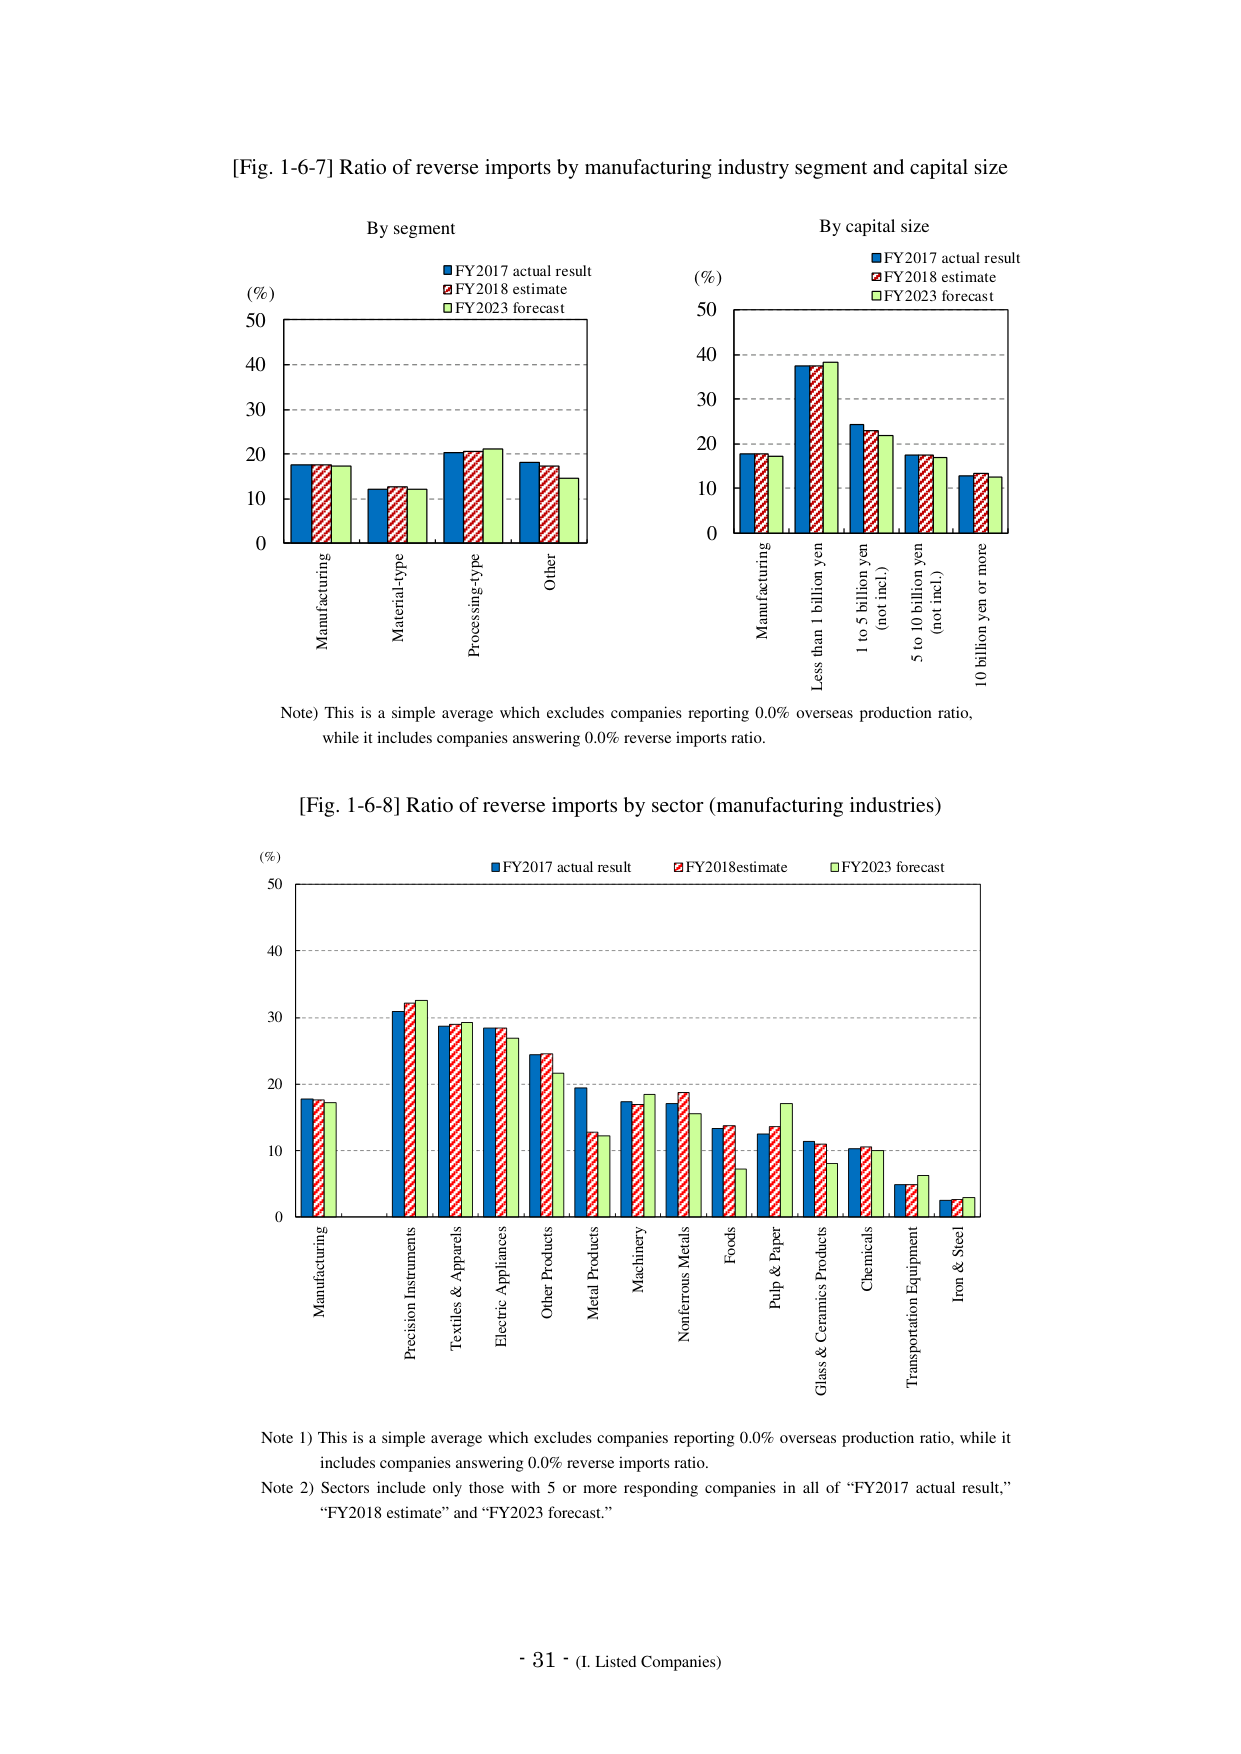
[Fig. 1-6-7] Ratio of reverse imports by manufacturing industry segment and capital size

By segment
(%)
50
40
30
20
10
0

Manufacturing
Material-type
Processing-type
Other

■ FY2017 actual result
■ FY2018 estimate
■ FY2023 forecast

By capital size
(%)
50
40
30
20
10
0

Manufacturing
Less than 1 billion yen
1 to 5 billion yen (not incl.)
5 to 10 billion yen (not incl.)
10 billion yen or more

■ FY2017 actual result
■ FY2018 estimate
■ FY2023 forecast

Note) This is a simple average which excludes companies reporting 0.0% overseas production ratio, while it includes companies answering 0.0% reverse imports ratio.

[Fig. 1-6-8] Ratio of reverse imports by sector (manufacturing industries)

(%)
50
40
30
20
10
0

Manufacturing
Precision Instruments
Textiles & Apparels
Electric Appliances
Other Products
Metal Products
Machinery
Nonferrous Metals
Foods
Pulp & Paper
Glass & Ceramics Products
Chemicals
Transportation Equipment
Iron & Steel

■ FY2017 actual result
■ FY2018 estimate
■ FY2023 forecast

Note 1) This is a simple average which excludes companies reporting 0.0% overseas production ratio, while it includes companies answering 0.0% reverse imports ratio.
Note 2) Sectors include only those with 5 or more responding companies in all of “FY2017 actual result,” “FY2018 estimate” and “FY2023 forecast.”

- 31 - (I. Listed Companies)